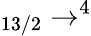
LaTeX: _{13/2}\to^{4}